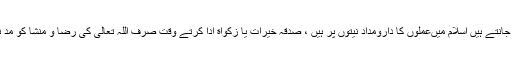
جیسا کہ ہم سب جانتے ہیں اسلام میںعملوں کا دارومداد نیتوں پر ہیں ، صدقہ خیرات یا زکواة ادا کرتے وقت صرف اللہ تعالیٰ کی رضا و منشا کو مدِ نظر رکھنا ہوگا۔